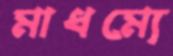
মাধম্যে